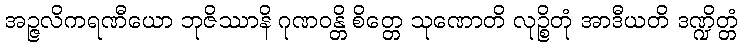
အဉ္ဇလိကရဏီယော ဘုဇိဿာနိ ဂုဏဝန္တိ စိတ္တေ သုဏောတိ လုဉ္စိတုံ အာဒီယတိ ဒဏ္ဍိတ္တံ